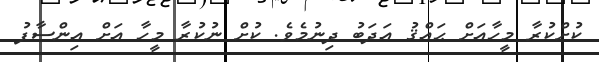
ކުށްކުރާ މީހާއަށް ޙައްޤު އަދަބު ދިނުމެވެ. ކުށް ނުކުރާ މީހާ އަށް އިންސާފު